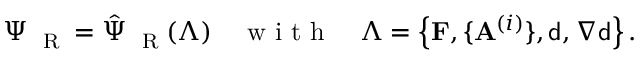
\Psi _ { \mathrm { ~ \tiny ~ R ~ } } = \hat { \Psi } _ { \mathrm { ~ \tiny ~ R ~ } } ( \boldsymbol { \Lambda } ) \quad \mathrm { ~ w ~ i ~ t ~ h ~ } \quad \boldsymbol { \Lambda } = \left\{ \mathbf { F } , \{ \mathbf { A } ^ { ( i ) } \} , { \mathsf { d } } , \nabla { \mathsf { d } } \right\} .